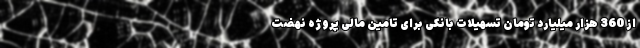
از 360 هزار میلیارد تومان تسهیلات بانکی برای تامین مالی پروژه نهضت